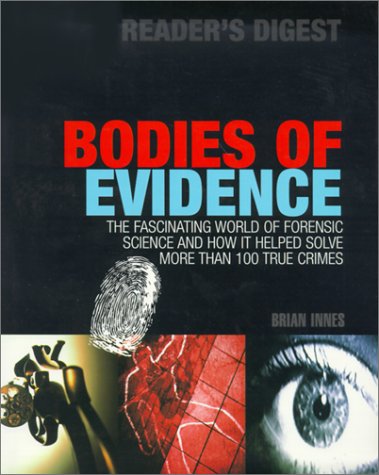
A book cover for Bodies of Evidence: The Fascinating World of Forensic Science and How It Helped Solve More Than 100 True Crimes; Brian Innes; Science & Math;